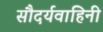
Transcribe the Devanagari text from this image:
सौदर्यवाहिनी